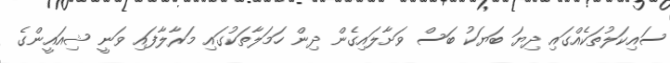
ސައިކަލުތަކެއްގައި ދިޔަ ބަޔަކު ބަސް ވަށާލައިގެން ދިން ހަމަލާތަކުގައި މަރާލާފައި ވަނީ ޝިއައީންގެ